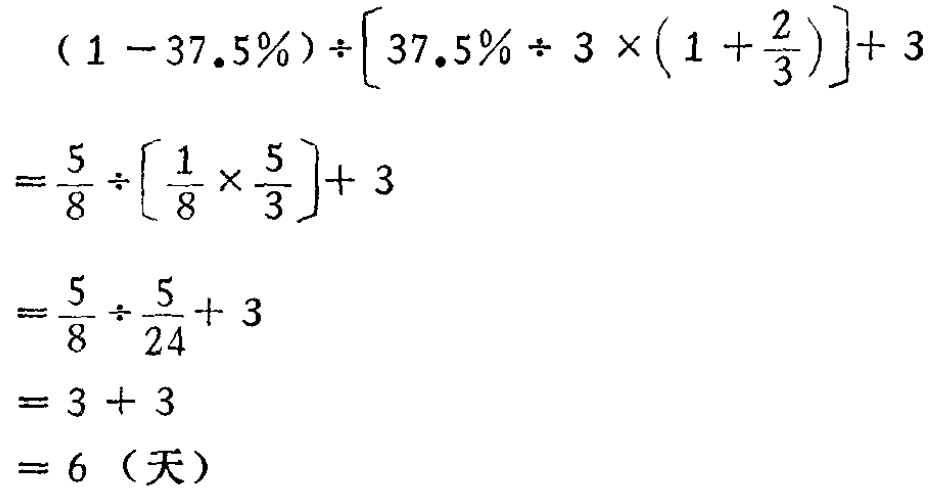
\[

\begin{align*}

&(1 - 37.5\%)\div\left[37.5\% \div 3\times\left(1+\frac{2}{3}\right)\right]+ 3\\

=&\frac{5}{8}\div\left[\frac{1}{8}\times\frac{5}{3}\right]+ 3\\

=&\frac{5}{8}\div\frac{5}{24}+ 3\\

=&3 + 3\\

=&6 \text{（天）}

\end{align*}

\]